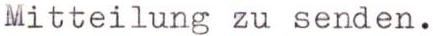
Mitteilung zu senden.